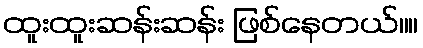
ထူးထူးဆန်းဆန်း ဖြစ်နေတယ်။။